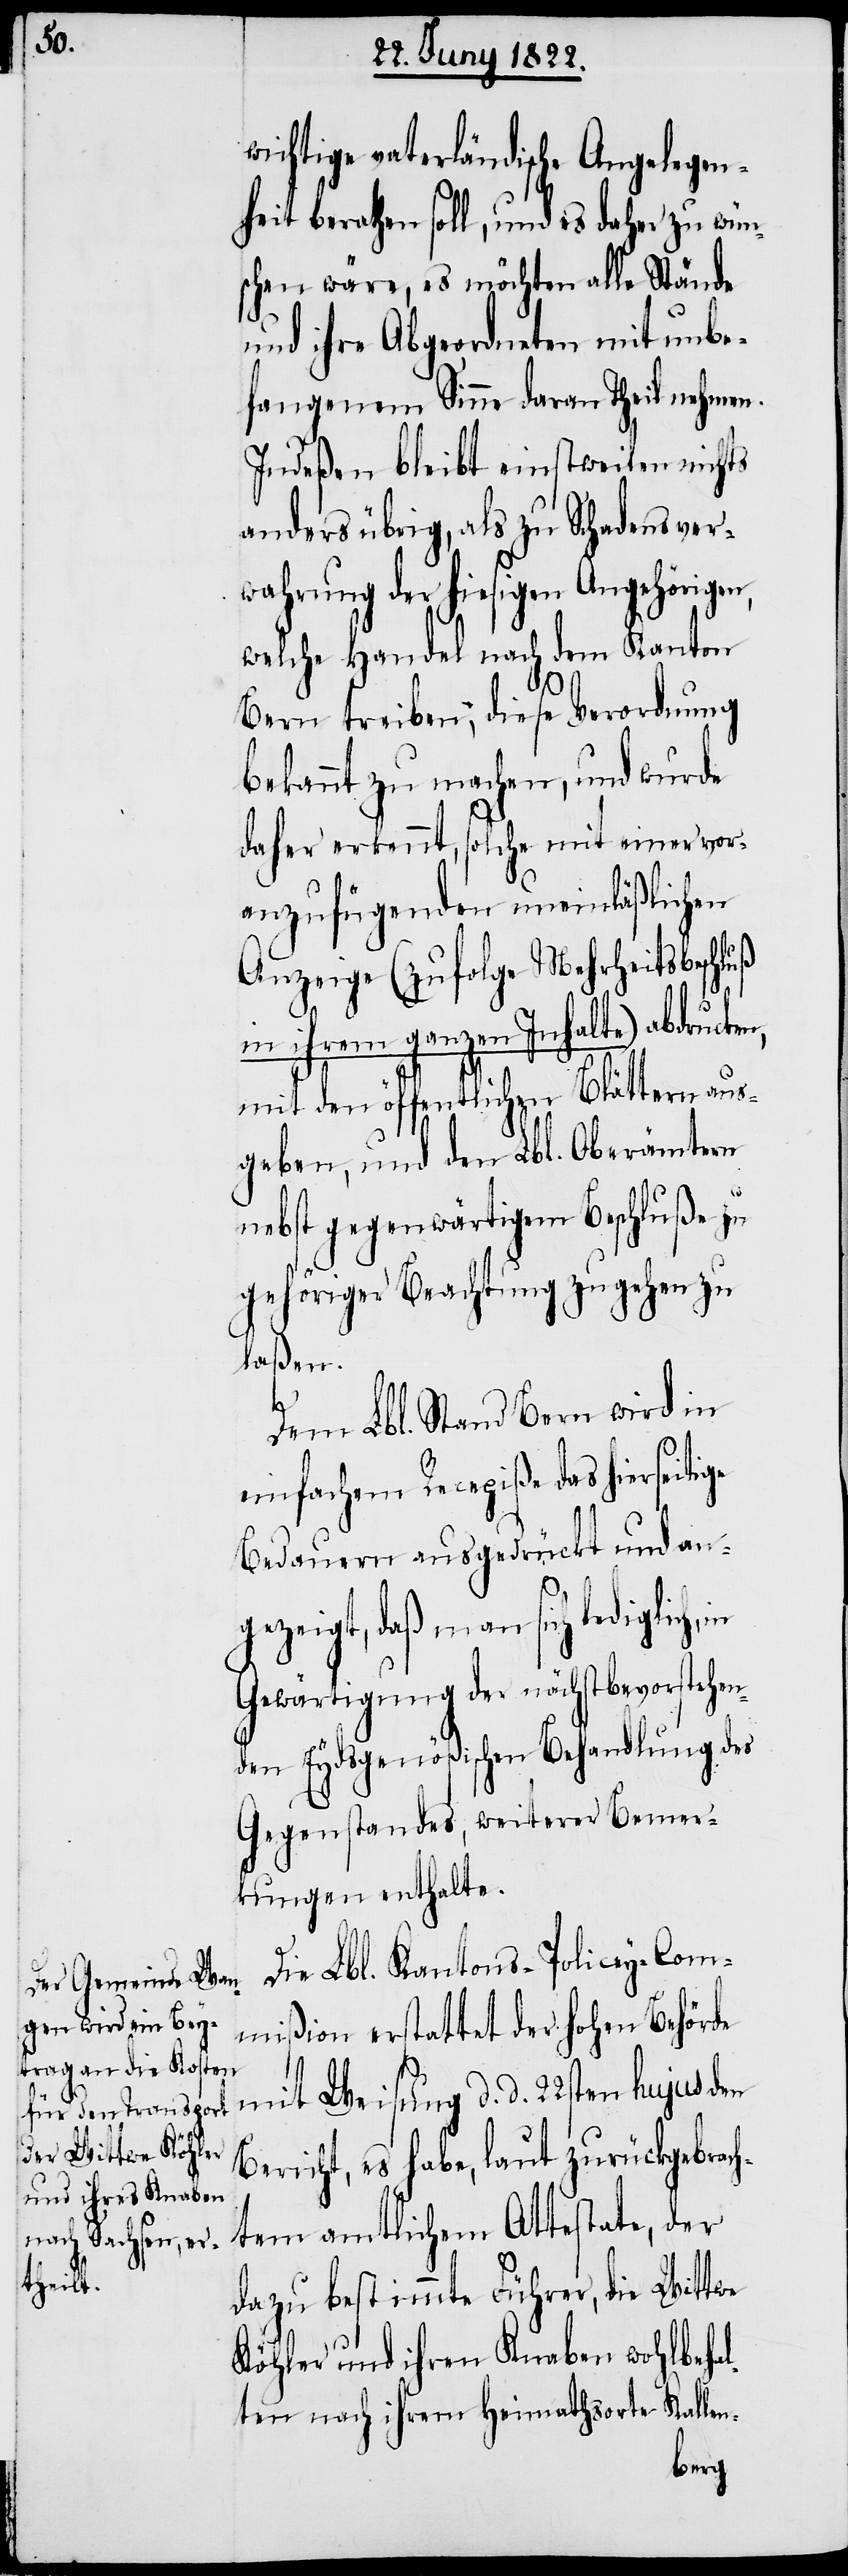
wichtige vaterländische Angelegen¬
heit berathen soll, und es daher zu wün¬
schen wäre, es möchten alle Stände
und ihre Abgeordneten mit unbe¬
fangenem Sinne daran Theil nehmen.
Indeßen bleibt einstweilen nichts
anders übrig, als zu Schadensver¬
wahrung der hiesigen Angehörigen,
welche Handel nach dem Kanton
Bern treiben, diese Verordnung
bekannt zu machen, und wurde
daher erkennt, solche mit einer vor¬
anzufügenden uneinläßlichen
Anzeige (zufolge Mehrheitsbeschluß
in ihrem ganzen Inhalte) abdrucken,
mit den öffentlichen Blättern aus¬
geben, und den Lbl. Oberämtern
nebst gegenwärtigem Beschluß zu
gehöriger Beachtung zugehen zu
laßen.
Dem Lbl. Stand Bern wird in
einfachem Recepiße das hierseitige
Bedauern ausgedrückt und an¬
gezeigt, daß man sich lediglich,
Gewärtigung der nächstbevorstehen¬
den Eydsgenößischen Behandlung des
Gegenstandes, weiterer Bemer¬
kungen enthalte.
Die Lbl. Kantons-Policey-Com¬
mißion erstattet der Hohen Behörde
mit Weisung d. d. 22sten hujus den
Bericht, es habe, laut zurückgebrach¬
tem amtlichem Attestate, der
dazu bestimmte Führer, die Wittwe
Köhler und ihren Knaben wohlbeha¬
lten nach ihrem Heimathsorte Kallen-